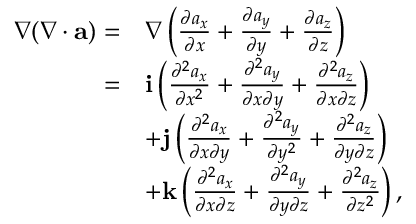
\begin{array} { r l } { \nabla ( \nabla \cdot { \mathbf a } ) = } & { \nabla \left( \frac { \partial a _ { x } } { \partial x } + \frac { \partial a _ { y } } { \partial y } + \frac { \partial a _ { z } } { \partial z } \right) } \\ { = } & { { \mathbf i } \left( \frac { \partial ^ { 2 } a _ { x } } { \partial x ^ { 2 } } + \frac { \partial ^ { 2 } a _ { y } } { \partial x \partial y } + \frac { \partial ^ { 2 } a _ { z } } { \partial x \partial z } \right) } \\ & { + { \mathbf j } \left( \frac { \partial ^ { 2 } a _ { x } } { \partial x \partial y } + \frac { \partial ^ { 2 } a _ { y } } { \partial y ^ { 2 } } + \frac { \partial ^ { 2 } a _ { z } } { \partial y \partial z } \right) } \\ & { + { \mathbf k } \left( \frac { \partial ^ { 2 } a _ { x } } { \partial x \partial z } + \frac { \partial ^ { 2 } a _ { y } } { \partial y \partial z } + \frac { \partial ^ { 2 } a _ { z } } { \partial z ^ { 2 } } \right) , } \end{array}